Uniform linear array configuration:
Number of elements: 48
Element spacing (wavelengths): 1
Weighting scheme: hamming
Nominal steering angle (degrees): -15
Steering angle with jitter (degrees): -16.758
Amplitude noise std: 0.05
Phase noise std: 0.05

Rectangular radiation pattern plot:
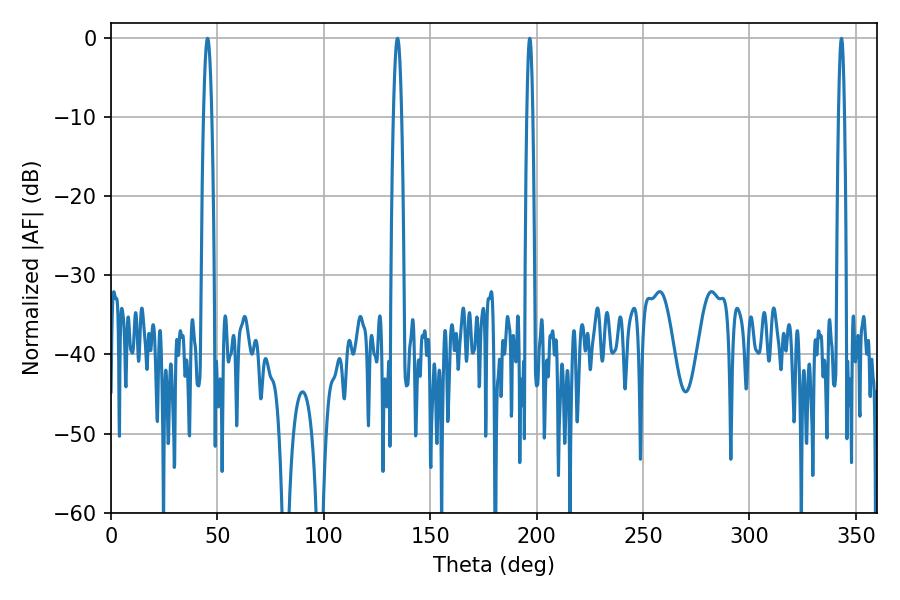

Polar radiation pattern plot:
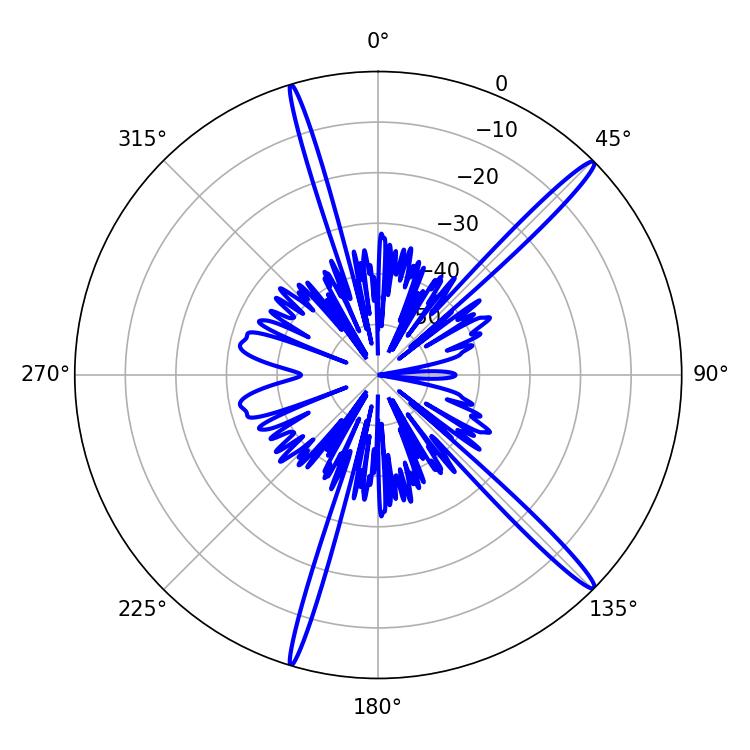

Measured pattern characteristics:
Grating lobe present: TRUE
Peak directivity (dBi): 16.911
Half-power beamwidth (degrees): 2.16
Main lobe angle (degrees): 45.36